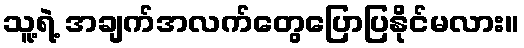
သူ့ရဲ့ အချက်အလက်တွေပြောပြနိုင်မလား။